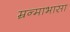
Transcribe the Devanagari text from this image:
म्रन्माभासा